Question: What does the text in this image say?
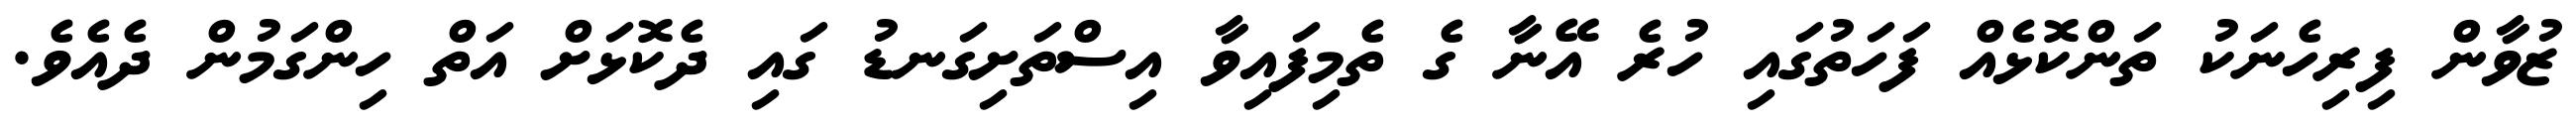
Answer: ޒުވާން ފިރިހެނަކު ތަންކޮޅެއް ފަހަތުގައި ހުރެ އޭނާ ގެ ތެމިފައިވާ އިސްތަށިގަނޑު ގައި ދެކޮޅަށް އަތް ހިންގަމުން ދެއެވެ.